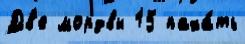
Дв'е мордвы 15 паха́ть